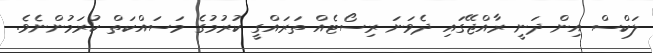
ލަކްސް އިން ދަނީ ރާއްޖޭގައި ދެވަނަ ރިސޯޓެއް ތަރައްގީ ކުރުމުގެ މަސައްކަތް ކުރަމުންނެވެ.